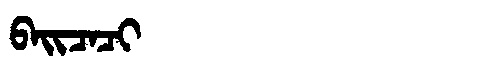
Manchu: ᠪᠠᡳᠴᠠᠴᡳ
Romanization: BAICACI